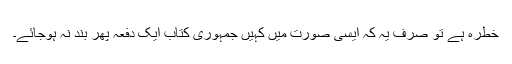
خطرہ ہے تو صرف یہ کہ ایسی صورت میں کہیں جمہوری کتاب ایک دفعہ پھر بند نہ ہوجائے۔